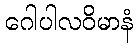
ဂေါပါလဝိမာနံ